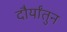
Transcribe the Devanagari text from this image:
दौर्यांतुन